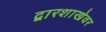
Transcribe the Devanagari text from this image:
द्वारशाखेवर